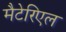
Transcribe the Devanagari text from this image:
मैटेरिएल